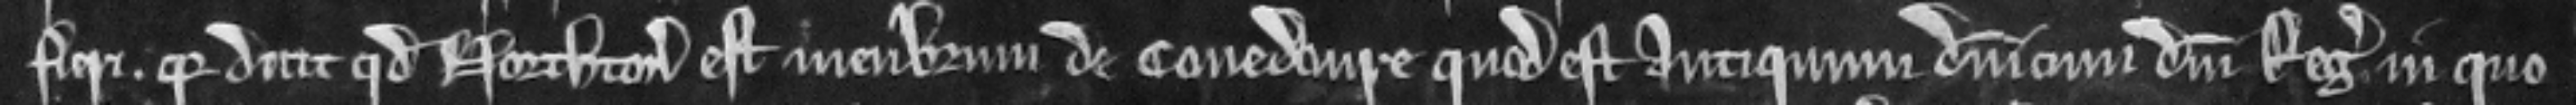
fieri. quia dicit quod Northton est membrum de Conedovre quod est antiquum dominicum domini Regis in quo